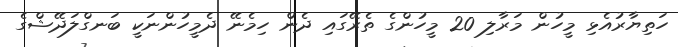
ހަތިޔާރުއެޅި މީހުން މަރާލި 20 މީހުންގެ ތެރޭގައި ދެން ހިމެނޭ ދެމީހުންނަކީ ބަނގްލަދޭޝްގެ